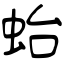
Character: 𧉟